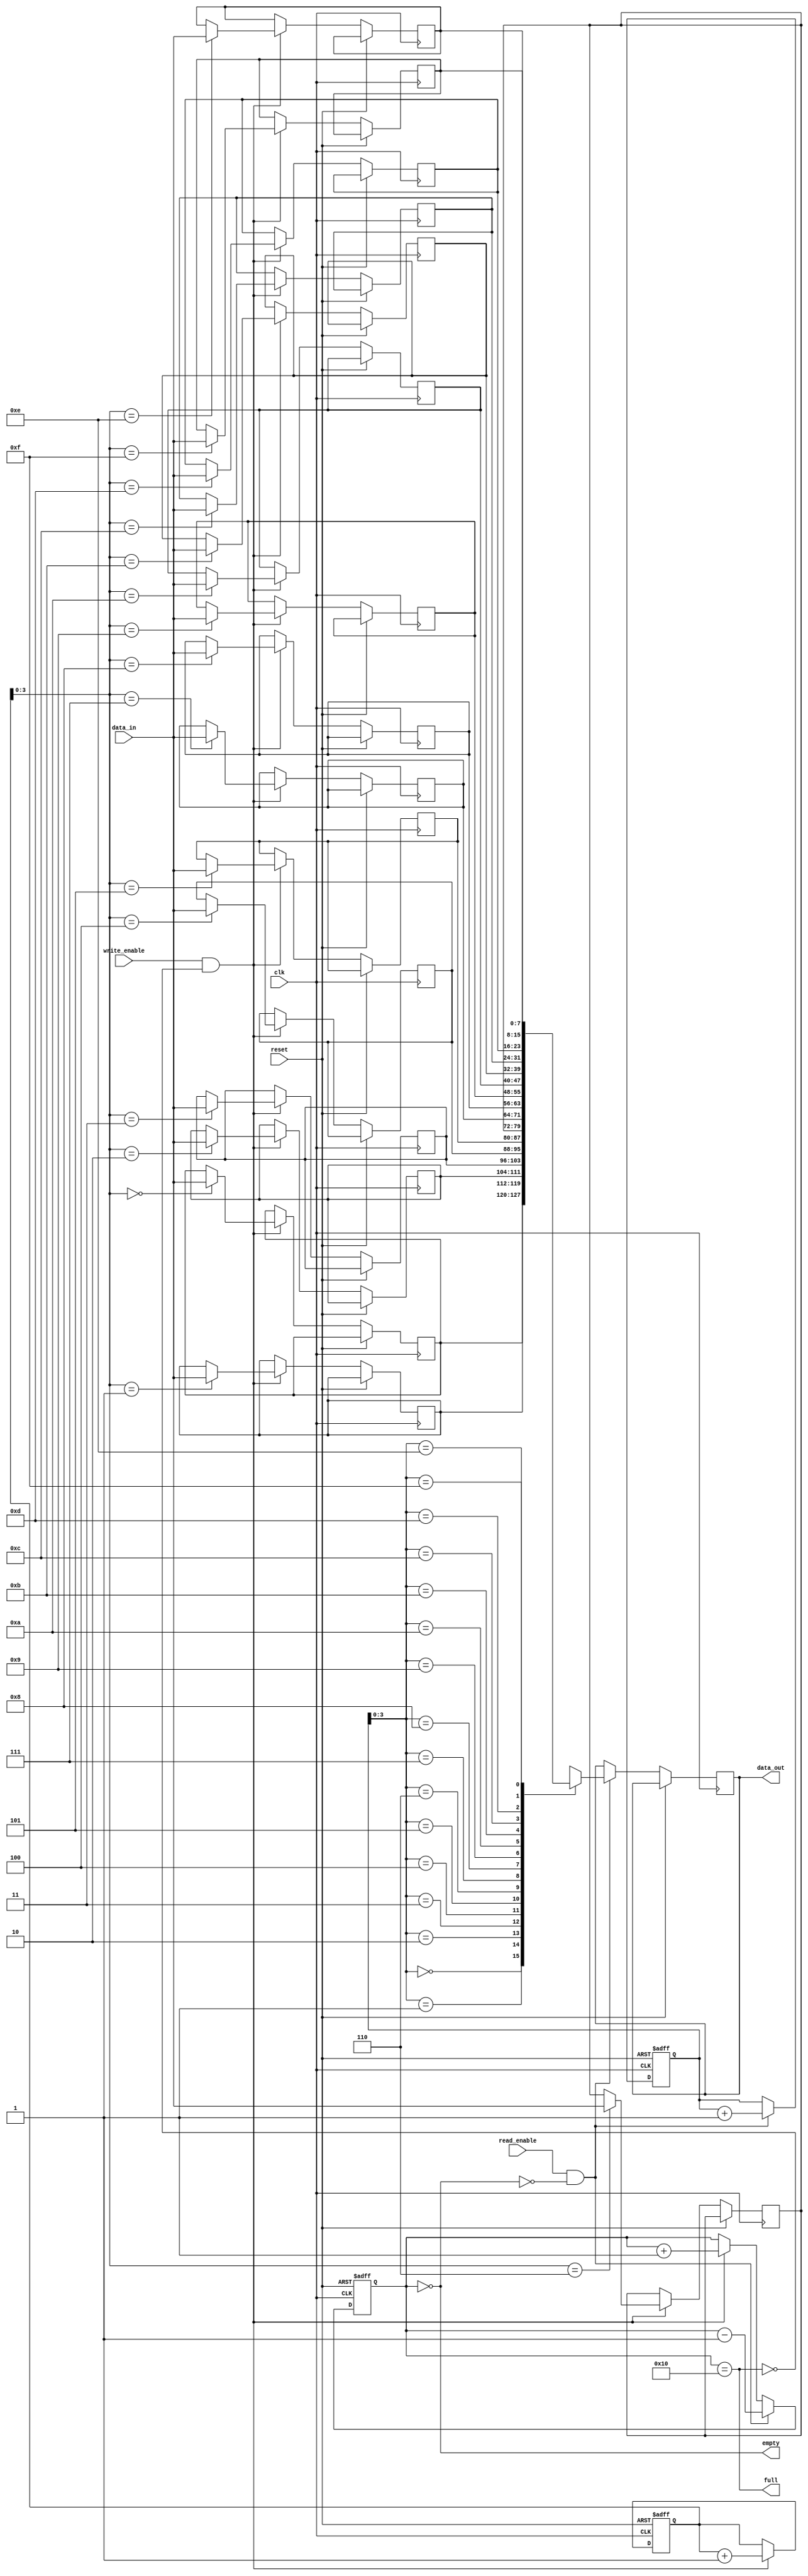
module synchronous_fifo_buffer (
  input wire clk,
  input wire reset,
  input wire write_enable,
  input wire read_enable,
  input wire [DATA_WIDTH-1:0] data_in,
  output reg [DATA_WIDTH-1:0] data_out,
  output wire full,
  output wire empty
);

parameter DEPTH = 16;
parameter DATA_WIDTH = 8;

reg [(DATA_WIDTH-1):0] buffer [0:DEPTH-1];
reg [4:0] write_ptr, read_ptr;
reg [4:0] count;

assign full = (count == DEPTH);
assign empty = (count == 0);

always @(posedge clk or posedge reset) begin
  if (reset) begin
    write_ptr <= 0;
    read_ptr <= 0;
    count <= 0;
  end else begin
    if (write_enable && !full) begin
      buffer[write_ptr] <= data_in;
      write_ptr <= write_ptr + 1;
      count <= count + 1;
    end
    if (read_enable && !empty) begin
      data_out <= buffer[read_ptr];
      read_ptr <= read_ptr + 1;
      count <= count - 1;
    end
  end
end

endmodule